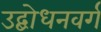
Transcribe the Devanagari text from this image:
उद्बोधनवर्ग